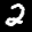
Label: 2